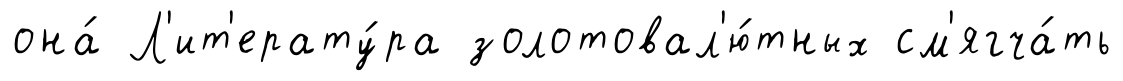
она́ Л'ит'ерату́ра золотовал'ю́тных см'ягча́ть